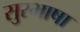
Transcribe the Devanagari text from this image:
सुरभाषा